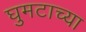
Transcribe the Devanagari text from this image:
घुमटाच्या